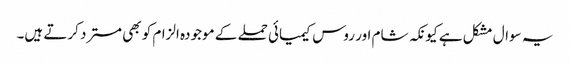
یہ سوال مشکل ہے کیونکہ شام اور روس کیمیائی حملے کے موجودہ الزام کو بھی مسترد کرتے ہیں۔